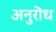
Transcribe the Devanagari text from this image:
अनुरॊध